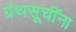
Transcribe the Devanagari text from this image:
ग्रंथसूचींना